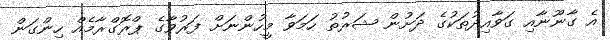
އެ ގާނޫނާއި ގަވާއިދުތަކުގެ ދަށުން ޝަރުތު ހަމަވާ މީހުންނަށް ފަރުވާގެ ޕްރޮގްރާމެއް ހިންގަން